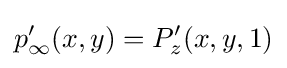
p'_{\infty }(x,y)=P'_{z}(x,y,1)